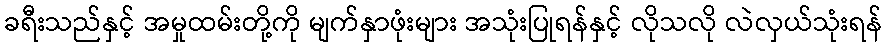
ခရီးသည်နှင့် အမှုထမ်းတို့ကို မျက်နှာဖုံးများ အသုံးပြုရန်နှင့် လိုသလို လဲလှယ်သုံးရန်